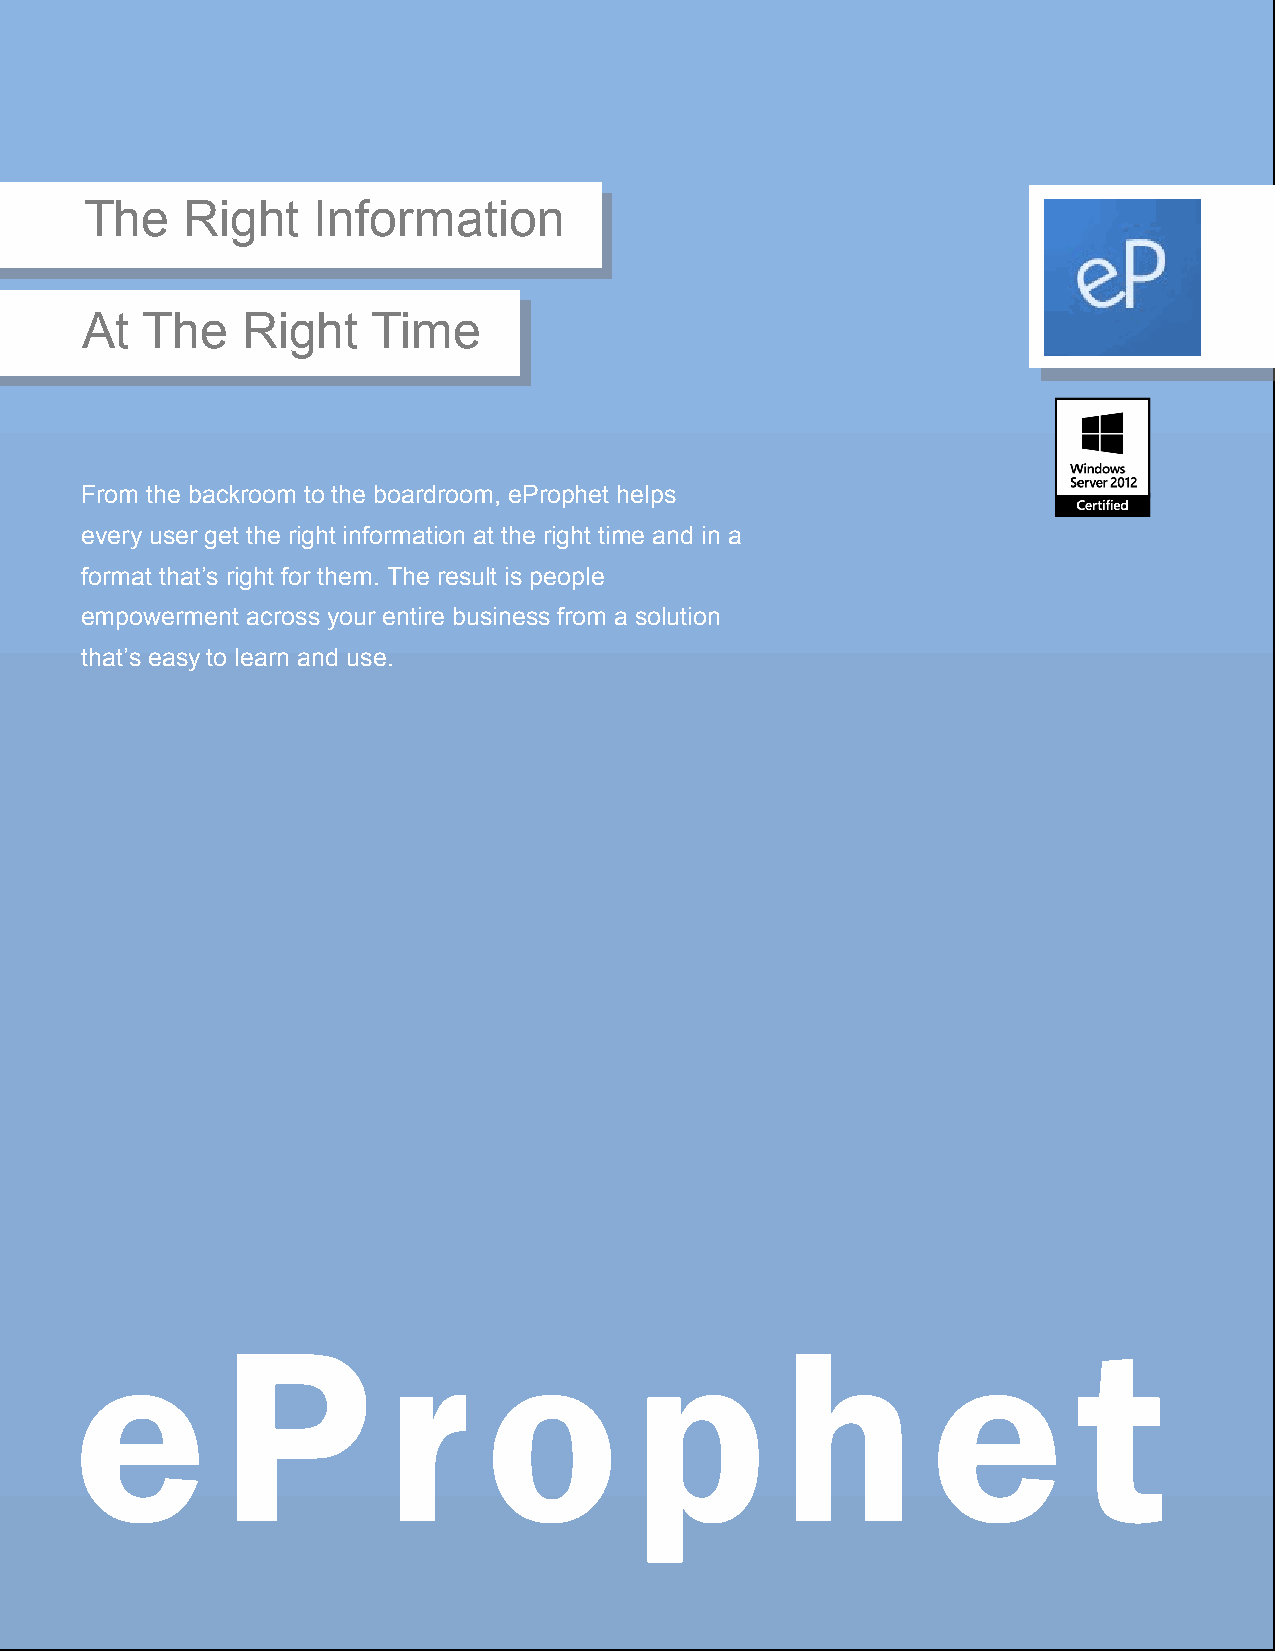
The   Right    Information
 At  The    Right    Time
 From the backroom to the boardroom, eProphet helps
 every user get the right information at the right time and in a
 format that’s right for them. The result is people
 empowerment across your entire business from a solution
 that’s easy to learn and use.
 e         P         r      o         p         h         e        t